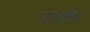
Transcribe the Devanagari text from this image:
गालएरिना